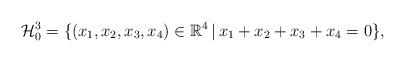
LaTeX: \begin{align*}\mathcal H_0^3 = \{ (x_1, x_2, x_3, x_4) \in \mathbb R^4 \, | \, x_1 + x_2 + x_3 + x_4 = 0 \},\end{align*}